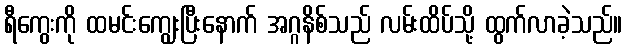
ရီကွေးကို ထမင်းကျွေးပြီးနောက် အဂ္ဂနိစ်သည် လမ်းထိပ်သို့ ထွက်လာခဲ့သည်။